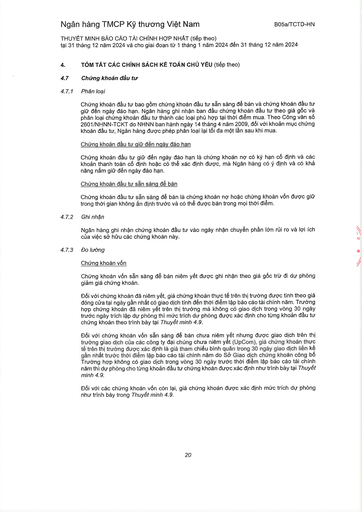
|4.|TÓM TẮT CÁC CHÍNH SÁCH KẾ TOÁN CHỦ YẾU (tiếp theo)| |---|---| |4.7|Chứng khoán đầu tư| |4.7.1|Phân loại| ||Chứng khoán đầu tư bao gồm chứng khoán đầu tư sẵn sàng để bán và chứng khoán đầu tư giữ đến ngày đáo hạn. Ngân hàng ghi nhận ban đầu chứng khoán đầu tư theo giá gốc và phân loại chứng khoán đầu tư thành các loại phù hợp tại thời điểm mua. Theo Công văn số 2601/NHNN-TCKT do NHNN ban hành ngày 14 tháng 4 năm 2009, đối với khoản mục chứng khoán đầu tư, Ngân hàng được phép phân loại lại tối đa một lần sau khi mua.| ||Chứng khoán đầu tư giữ đến ngày đáo hạn| ||Chứng khoán đầu tư giữ đến ngày đáo hạn là chứng khoán nợ có kỳ hạn cố định và các khoản thanh toán có cố định hoặc có thể xác định được, mà Ngân hàng có ý định và có khả năng nắm giữ đến ngày đáo hạn.| ||Chứng khoán đầu tư sẵn sàng để bán| ||Chứng khoán đầu tư sẵn sàng để bán là chứng khoán nợ hoặc chứng khoán vốn được giữ trong thời gian không ấn định trước và có thể được bán trong mọi thời điểm.| |4.7.2|Ghi nhận| ||Ngân hàng ghi nhận chứng khoán đầu tư vào ngày nhận chuyển phần lớn rủi ro và lợi ích của việc sở hữu các chứng khoán này.| |4.7.3|Đo lường| ||Chứng khoán vốn| ||Chứng khoán vốn sẵn sàng để bán niêm yết được ghi nhận theo giá gốc trừ đi dự phòng giảm giá chứng khoán.| ||Đối với chứng khoán đã niêm yết, giá chứng khoán thực tế trên thị trường được tính theo giá đóng cửa tại ngày gần nhất có giao dịch tính đến thời điểm lập báo cáo tài chính năm. Trường hợp chứng khoán đã niêm yết trên thị trường mà không có giao dịch trong vòng 30 ngày trước ngày trích lập dự phòng thì mức trích dự phòng được xác định cho từng khoản đầu tư chứng khoán theo trình bày tại Thuyết minh 4.9.| ||Đối với chứng khoán vốn sẵn sàng để bán chưa niêm yết nhưng được giao dịch trên thị trường giao dịch của các công ty đại chúng chưa niêm yết (UpCom), giá chứng khoán thực tế trên thị trường được xác định là giá tham chiếu bình quân trong 30 ngày giao dịch liên kế gần nhất trước thời điểm lập báo cáo tài chính năm do Sở Giao dịch chứng khoán công bố. Trường hợp không có giao dịch trong vòng 30 ngày trước thời điểm lập báo cáo tài chính năm thì dự phòng cho từng khoản đầu tư chứng khoán được xác định như trình bày tại Thuyết minh 4.9.| ||Đối với các chứng khoán vốn còn lại, giá chứng khoán được xác định mức trích dự phòng như trình Thuyết minh 4.9.|